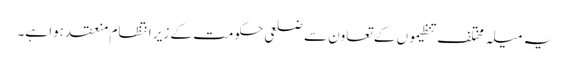
یہ میلہ مختلف تنظیموں کے تعاون سے ضلعی حکومت کے زیر انتظام منعقد ہوا ہے۔